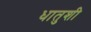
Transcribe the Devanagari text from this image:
धातुशी